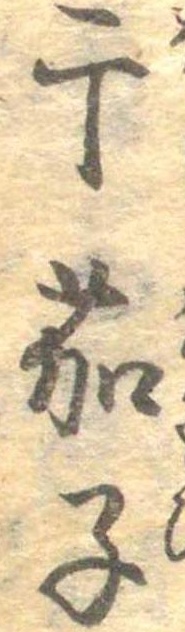
干茄子